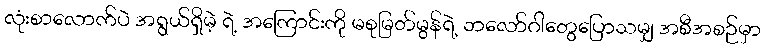
လုံးစာလောက်ပဲ အရွယ်ရှိမဲ့ ရဲ့ အကြောင်းကို မစုမြတ်မွန်ရဲ့ ဘလော်ဂါတွေပြောသမျှ အစီအစဉ်မှာ